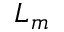
L _ { m }